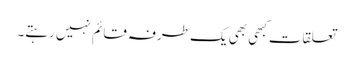
تعلقات کبھی بھی یک طرفہ قائم نہیں رہتے۔